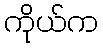
ကိုယ်က